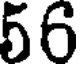
56